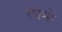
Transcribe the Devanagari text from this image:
लोमो